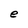
Character: e